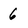
Character: 6